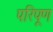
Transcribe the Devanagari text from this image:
परिपूण